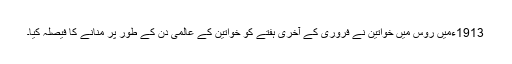
1913ءمیں روس میں خواتین نے فروری کے آخری ہفتے کو خواتین کے عالمی دن کے طور پر منانے کا فیصلہ کیا۔